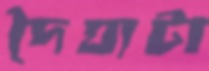
দৈঘ্যটা